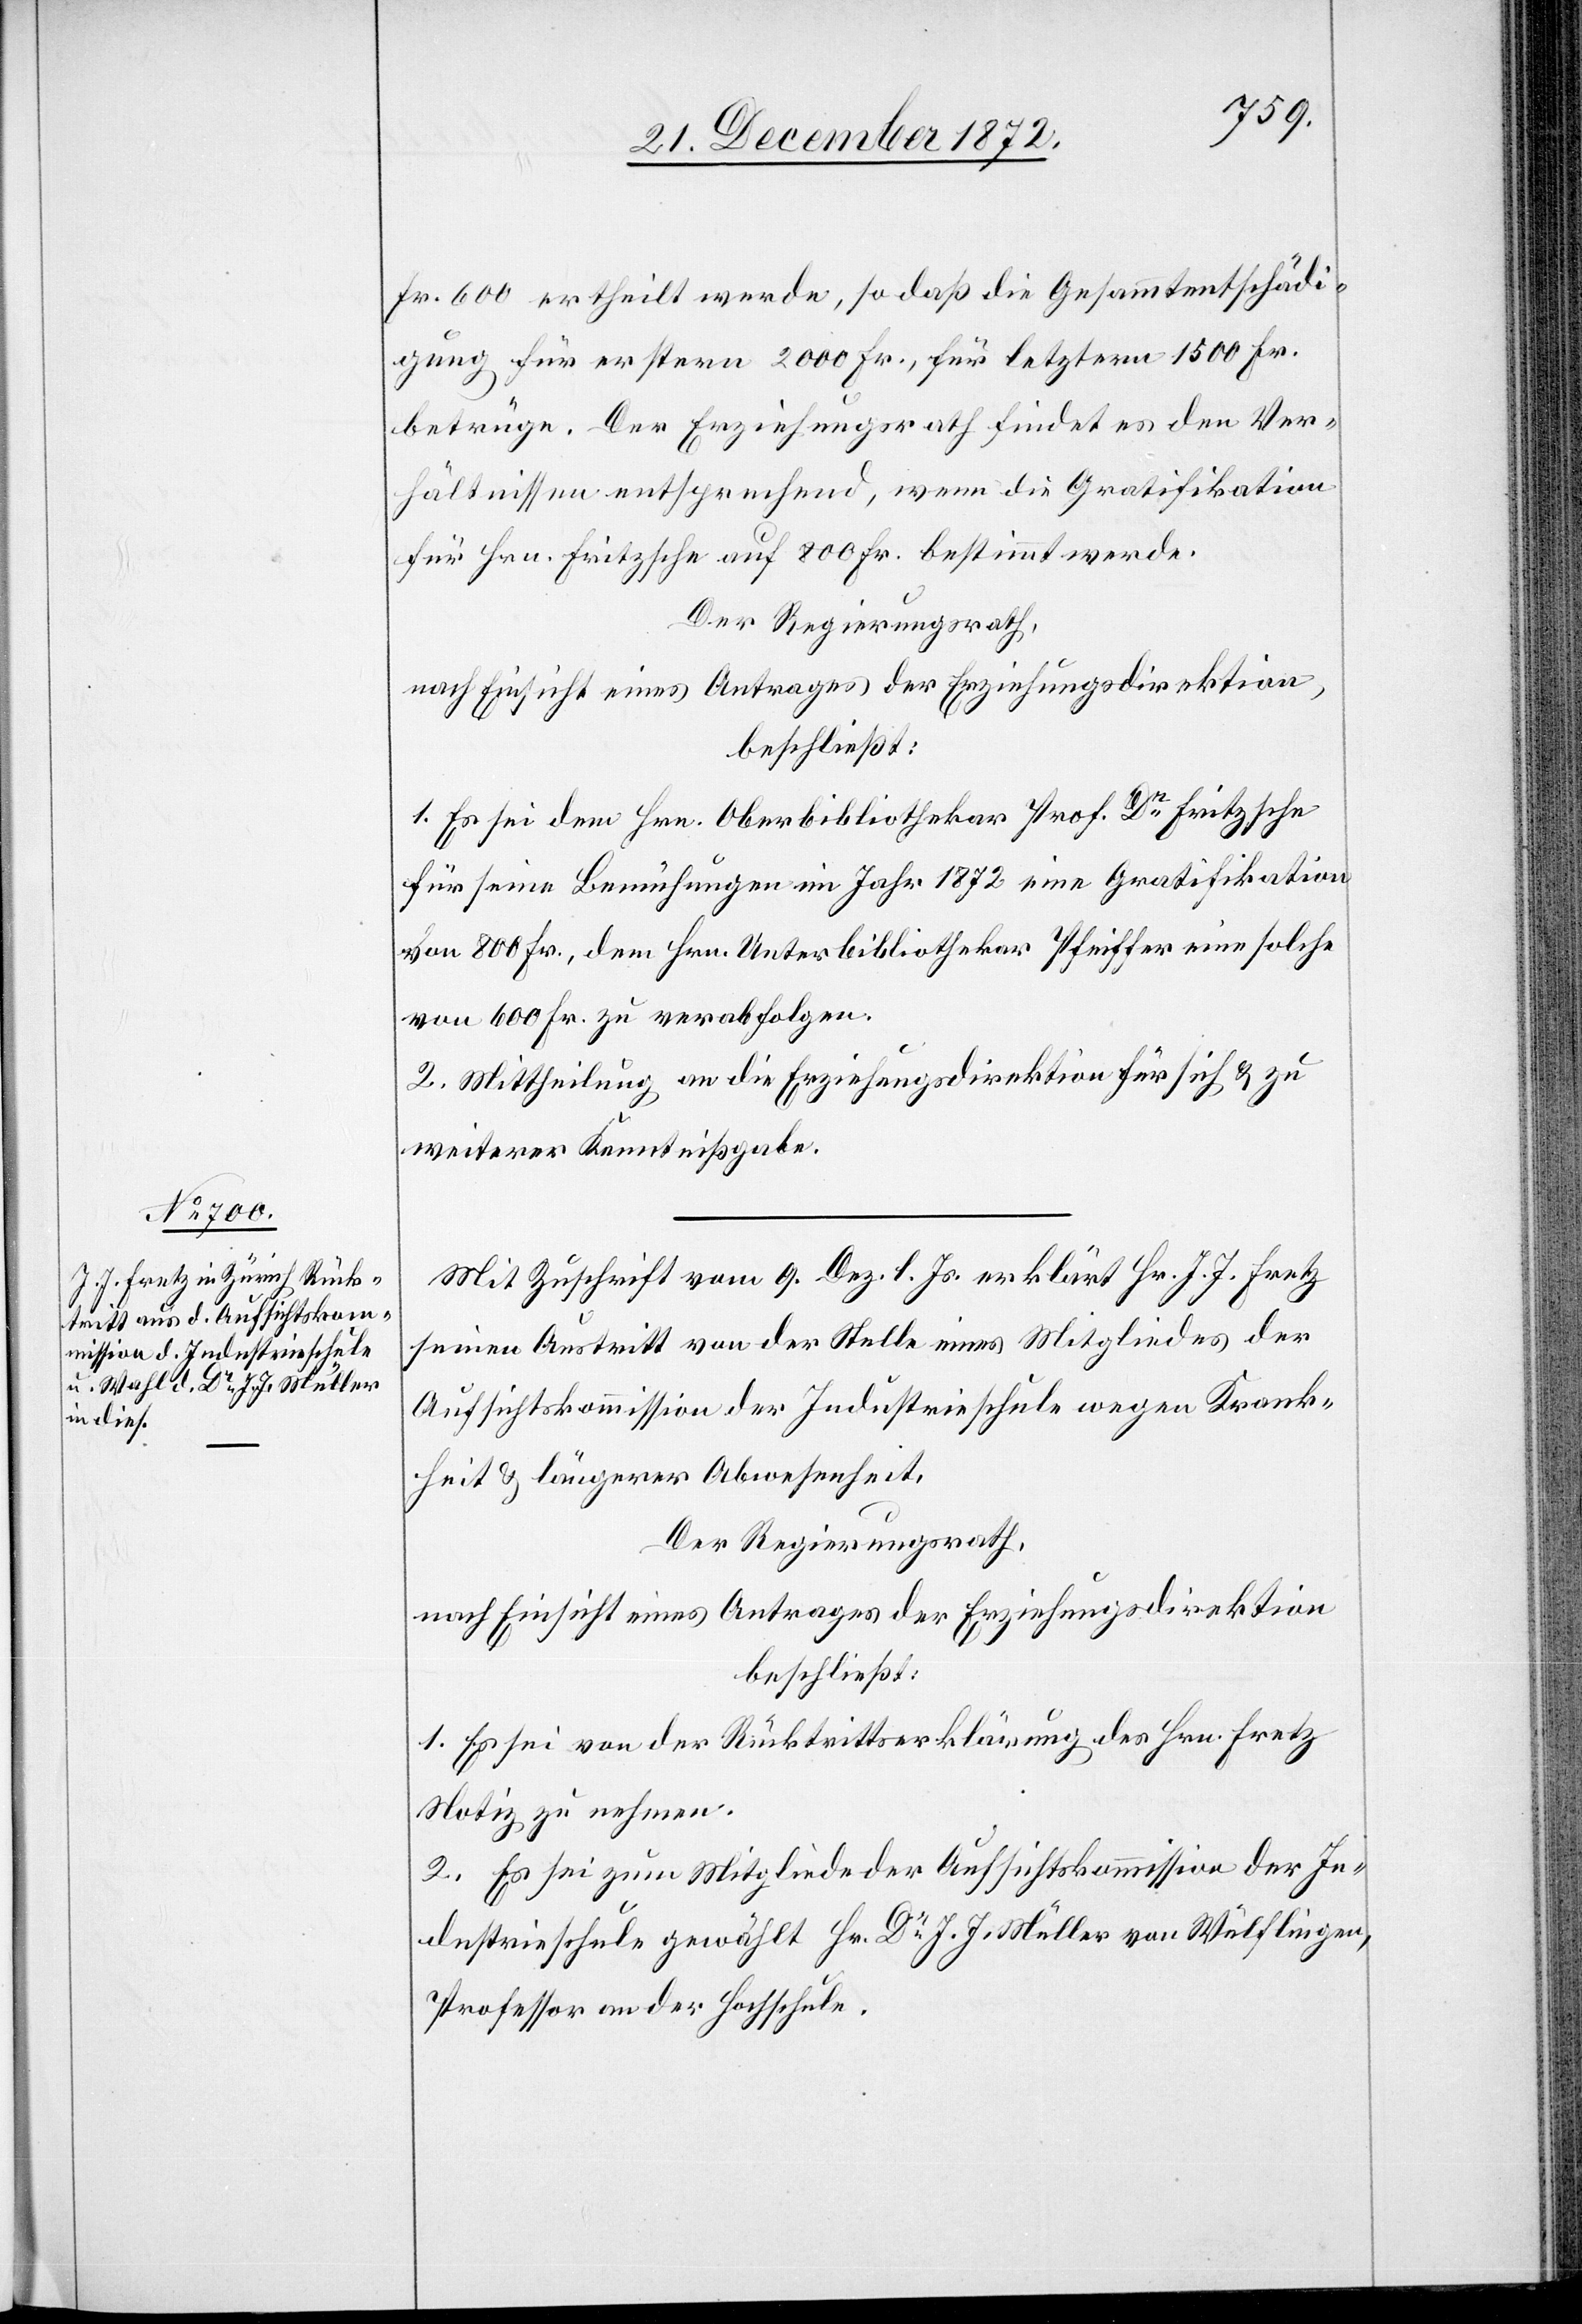
Fr. 600 ertheilt werde, so daß die Gesammtentschädi¬
gung für erstern 2000 Fr., für letztern 1500 Fr.
betrüge. Der Erziehungsrath findet es den Ver¬
hältnissen entsprechend, wenn die Gratifikation
für Hrn. Fritzsche auf 800 Fr. bestimmt werde.
Der Regierungsrath,
nach Einsicht eines Antrages der Erziehungsdirektion,
beschließt:
1. Es sei dem Hrn. Oberbibliothekar Prof. Dr Fritzsche
für seine Bemühungen im Jahr 1872 eine Gratifikation
von 800 Fr. dem Hrn. Unterbibliothekar Pfeiffer eine solche
von 600 Fr. zu verabfolgen.
2. Mittheilung an die Erziehungsdirektion für sich u. zu
weiterer Kenntnißgabe.
Mit Zuschrift vom 9. Dez. l. Js. erklärt Hr. J. J. Fretz
seinen Austritt von der Stelle eines Mitgliedes der
Aufsichtskommission der Industrieschule wegen Krank¬
heit u. längerer Abwesenheit.
Der Regierungsrath,
nach Einsicht eines Antrages der Erziehungsdirektion
beschließt:
1. Es sei von der Rücktrittserklärung des Hrn. Fretz
Notiz zu nehmen.
2. Es sei zum Mitgliede der Aufsichtskommission der In¬
dustrieschule gewählt Hr. Dr J. J. Müller von Wülflingen
Professor an der Hochschule.